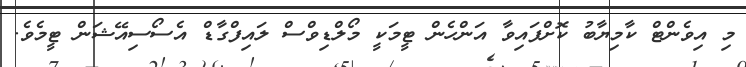
މި އިވެންޓް ކާމިޔާބު ކޮށްފައިވާ އަންހެން ޓީމަކީ މޯލްޑިވްސް ލައިފްގާޑް އެސޯސިއޭޝަން ޓީމެވެ.